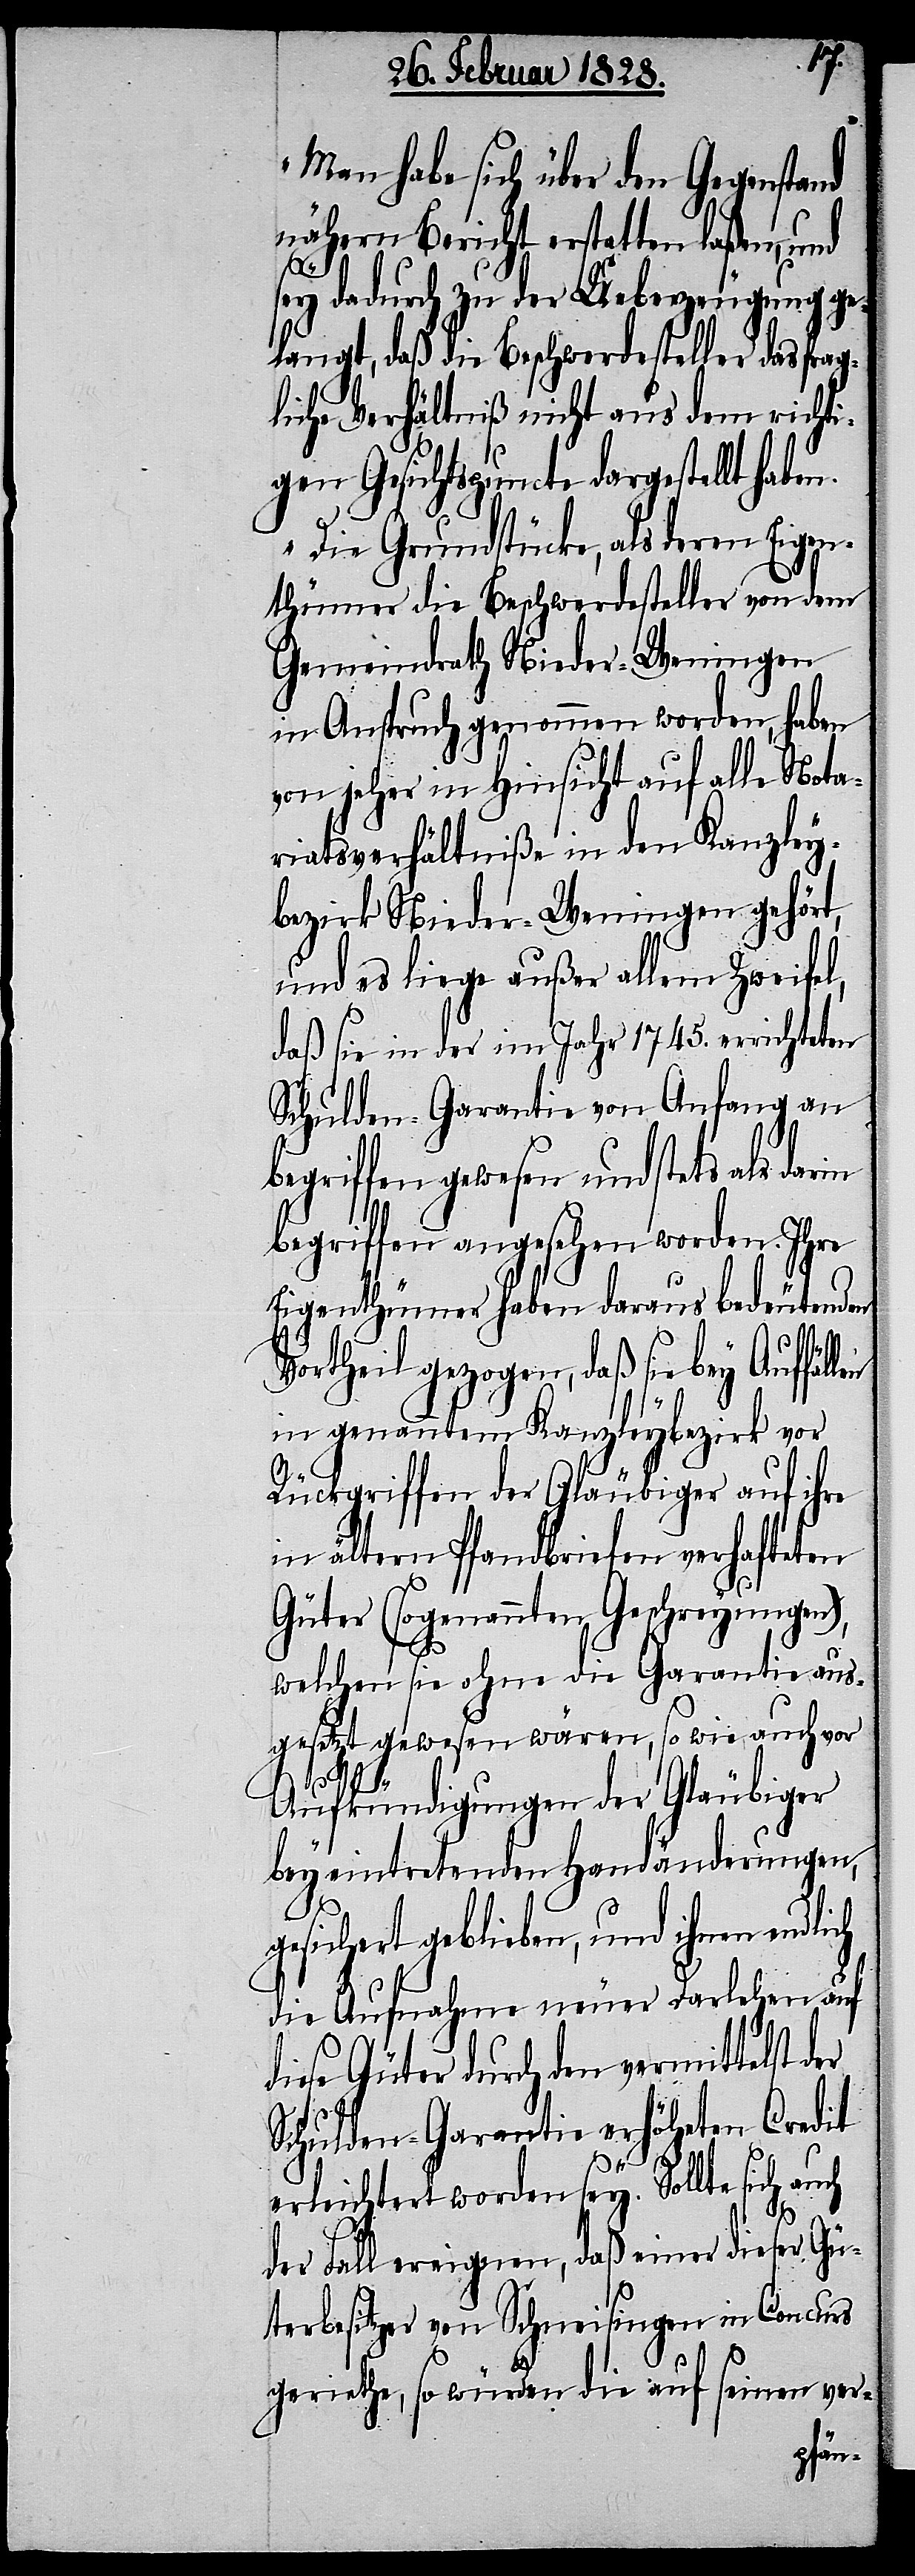
„Man habe sich über den Gegenstand
nähern Bericht erstatten laßen, und
sey dadurch zu der Ueberzeugung ge¬
langt, daß die Beschwerdesteller das frag¬
liche Verhältniß nicht aus dem richti¬
gen Gesichtspuncte dargestellt habe¬
Die Grundstücke, als deren Eigen¬
thümer die Beschwerdesteller von dem
Gemeindrath Nieder-Weningen
in Anspruch genommen worden, haben
von jeher in Hinsicht auf alle Nota¬
riatsverhältniße in den Kanzley¬
bezirk Nieder-Weningen gehört,
und es liege außer allem Zweifel,
daß sie in der im Jahr 1745. errichteten
Schulden-Garantie von Anfang an
ch
begriffen gewesen und stets als darin
begriffen angesehen worden. Ihre
Eigenthümer haben daraus bedeutenden
Vortheil gezogen, daß sie bey Auffäl¬
in genanntem Kanzleybezirk vor
Rückgriffen der Gläubiger auf ihre
in ältern Pfandbriefen verhafteten
Güter (sogenannten Geschreyungen),
welchen sie ohne die Garantie aus¬
gesetzt gewesen wären, so wie auch vor
n.
Aufkündigungen der Gläubiger
bey eintretenden Handänderungen,
gesichert geblieben, und ihnen endlich
die Aufnahme neuer Darlehen auf
diese Güter durch den vermittelst der
Schulden-Garantie erhöheten Credit
erleichtert worden sey. Sollte sich au¬
der Fall ereignen, daß einer dieser Gü¬
terbesitzer von Schneisingen in Concurs
geriethe, so würden die auf seinen ver-
len